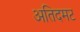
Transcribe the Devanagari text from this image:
अतिदमट